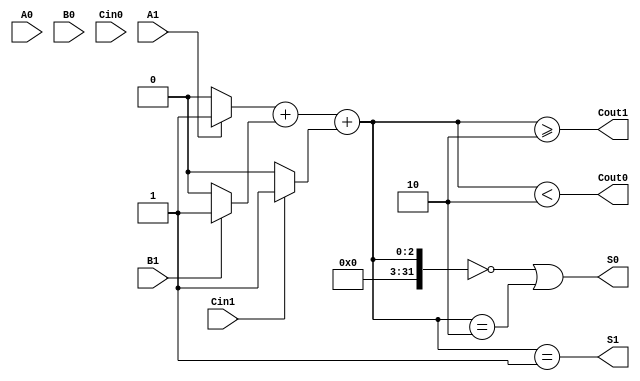
module dual_rail_full_adder (
    input wire A1, A0, // Dual-rail representation of input A
    input wire B1, B0, // Dual-rail representation of input B
    input wire Cin1, Cin0, // Dual-rail representation of carry input Cin
    output wire S1, S0, // Dual-rail representation of sum output S
    output wire Cout1, Cout0 // Dual-rail representation of carry output Cout
);

    // Internal signals for the logic levels
    wire A, B, Cin;
    wire S, Cout;

    // Decode dual-rail inputs to single-bit values
    assign A = A1 ? 1'b1 : 1'b0;
    assign B = B1 ? 1'b1 : 1'b0;
    assign Cin = Cin1 ? 1'b1 : 1'b0;

    // Full adder logic for sum and carry
    assign S = A ^ B ^ Cin; // Sum = A XOR B XOR Cin
    assign Cout = (A & B) | (Cin & (A ^ B)); // Carry = (A AND B) OR (Cin AND (A XOR B))

    // Dual-rail output for sum
    assign S1 = (A + B + Cin) == 1; // S1 is true if the number of '1's is odd
    assign S0 = (A + B + Cin) == 0 || (A + B + Cin) == 2; // S0 is true if the number of '1's is even

    // Dual-rail output for carry
    assign Cout1 = (A + B + Cin) >= 2; // Cout1 is true if at least two inputs are '1'
    assign Cout0 = (A + B + Cin) < 2; // Cout0 is true if fewer than two inputs are '1'

endmodule